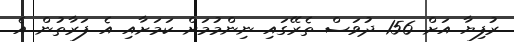
ރުފިޔާ އަށް 156 ދުވަސް ތެރޭގައި ނިންމުމަށް ކަމަށާއި އެ ފަރާތުން އެ